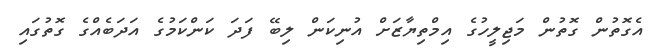
އެގޮތުން ގޮތުން މަޖިލީހުގެ އިމްތިޔާޒަށް އުނިކަން ލިބޭ ފަދަ ކަންކަމުގެ އަދަބެއްގެ ގޮތުގައި